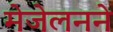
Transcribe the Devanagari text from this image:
मेजेलनने